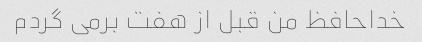
خداحافظ من قبل از هفت برمی گردم